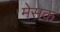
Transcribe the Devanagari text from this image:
मेसक